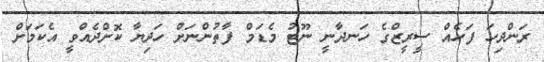
ރަންދިހަ ފަހެއް ސީރީޒްގެ ހަނދާނީ ނޫޓު މެޑަމް ފާތުންނަށް ހަދިޔާ ކޮށްދެއްވީ އެކަމަށް